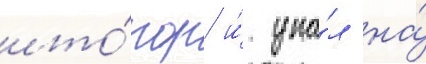
што́пор и́ упа́л на́